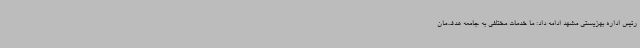
رئیس اداره بهزیستی مشهد ادامه داد: ما خدمات مختلفی به جامعه هدف‌مان